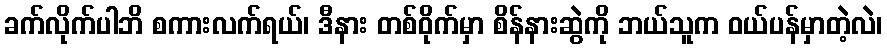
ခက်လိုက်ပါဘိ စကားလက်ရယ်၊ ဒီနား တစ်ဝိုက်မှာ စိန်နားဆွဲကို ဘယ်သူက ဝယ်ပန်မှာတဲ့လဲ၊